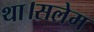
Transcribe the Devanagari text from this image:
था।सलेम